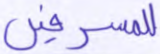
للمسرفين